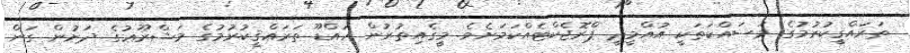
ތަރައްޤީކުރުމުގެ މަސައްކަތަކީ އުއްމީދީ ޕްރޮޖެކްޓެއްކަމަށެވެ. މީގެއިތުރުން އައްޑޫ ތަރައްޤީކުރުމުގެ މަޝްރޫޢުގެ ދަށުން ގަން